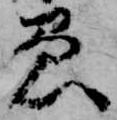
愚